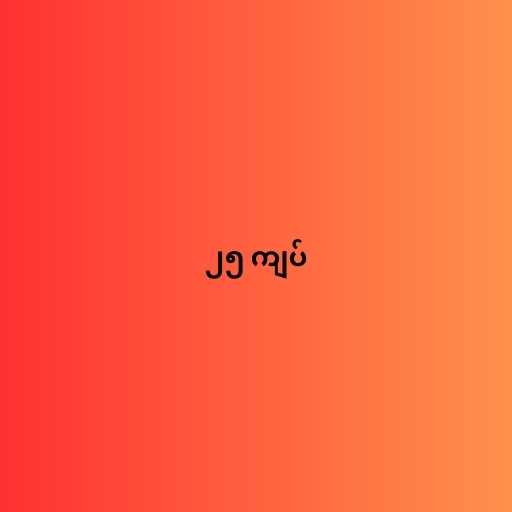
၂၅ ကျပ်